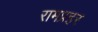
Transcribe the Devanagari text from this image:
रामप्रहर